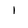
Character: 1